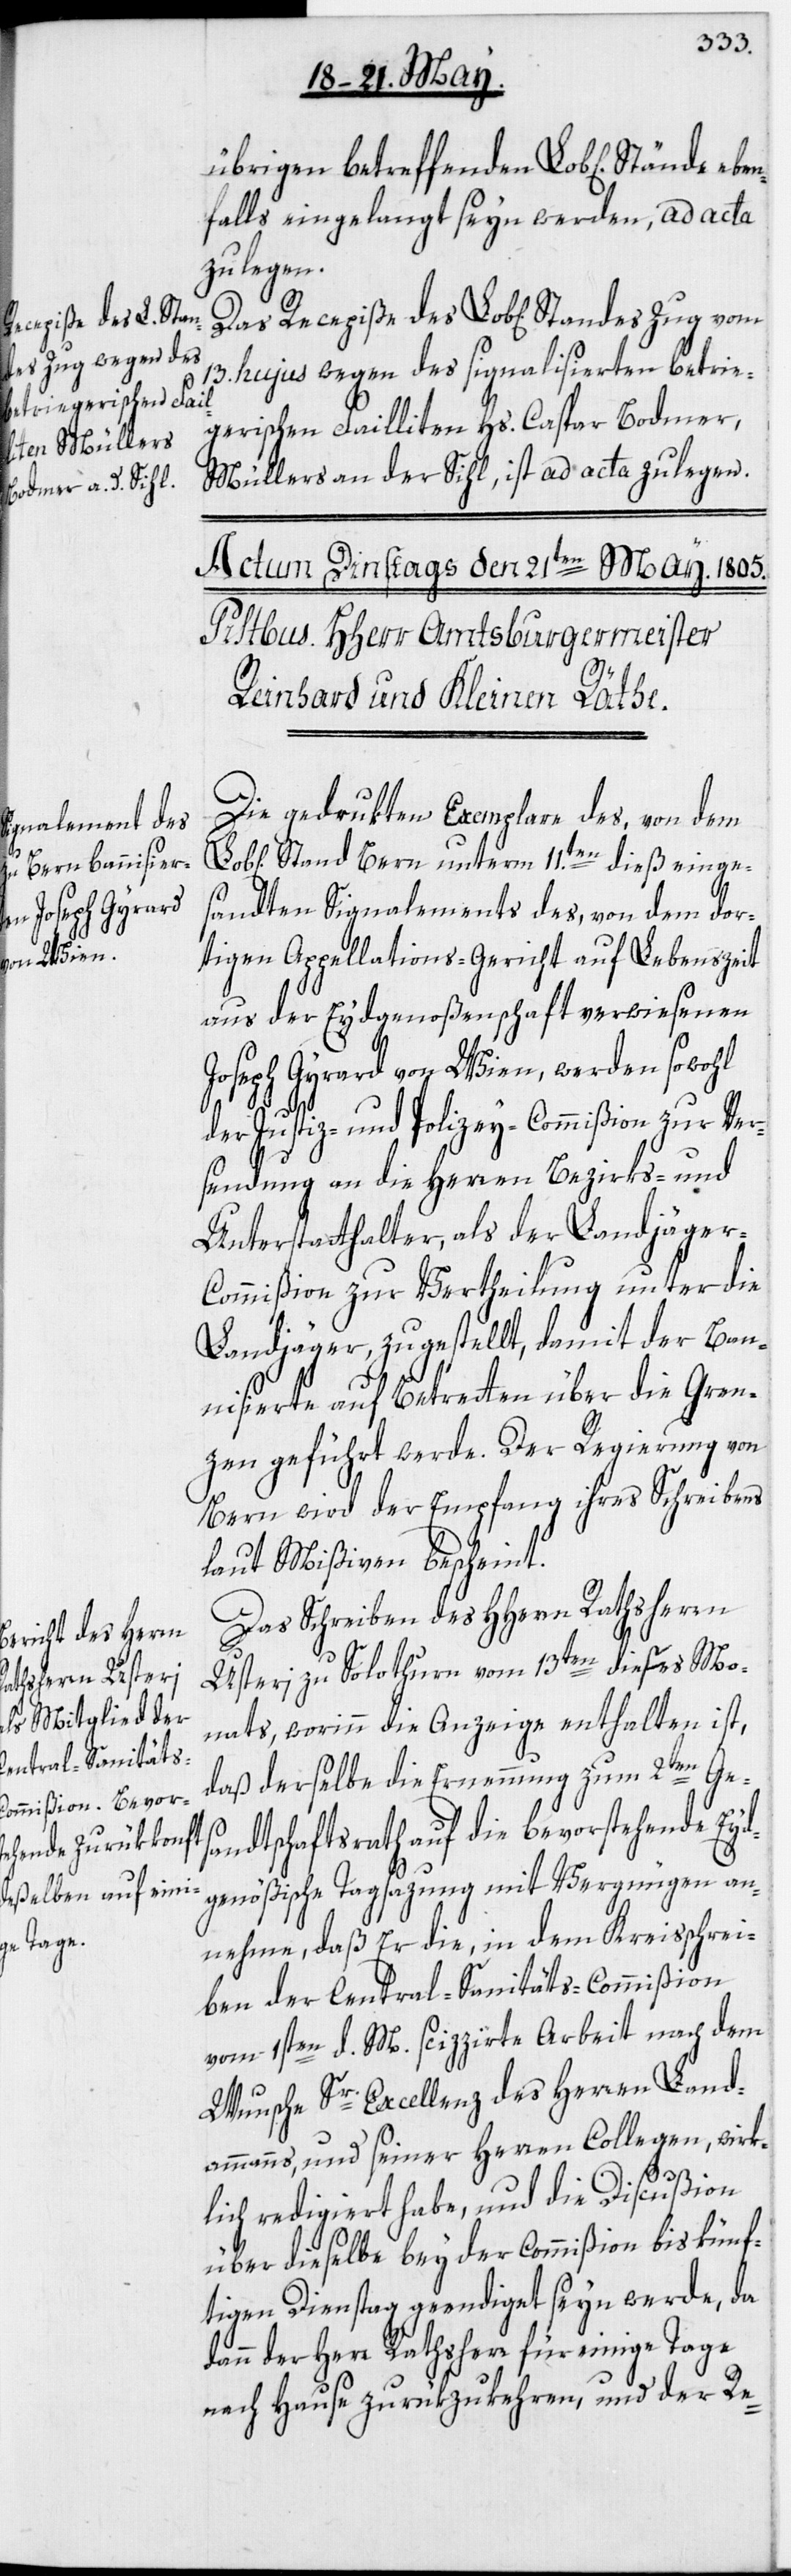
übrigen betreffenden Lob[liche¬
falls eingelangt seyn werden, ad acta
zu legen.
13. hujus wegen des signalisierten betrie¬
gerischen Failliten Hs. Caspar Bodmer,
Müllers an der Sihl, ist ad acta zu legen.
Die gedrukten Exemplare des, von dem
Stand Bern unterm 11.ten dieß einge¬
n] Stände eben¬
sandten Signalements des, von dem dor¬
tigen Appellations-Gericht auf Lebenszeit
aus der Eydgenoßenschaft verwiesenen
Joseph Gyrard von Wien, werden sowohl
der Justiz- und Polizey-Commißion zur Ver¬
sendung an die Herren Bezirks- und
Unterstatthalter, als der Landjäger-C¬
ommißion zur Vertheilung unter die
Landjäger, zugestellt, damit der Ban¬
nisierte auf Betretten über die Gren¬
zen geführt werde. Der Regierung von
Bern wird der Empfang ihres Schreibens
laut Mißiven bescheint.
Das Schreiben des HHerrn Rathsherrn
Usteri zu Solothurn vom 13ten dieses Mo¬
nats, worinn die Anzeige enthalten ist,
daß derselbe die Ernennung zum 2ten Ges¬
andtschaftsrath auf die bevorstehende Eyd¬
genößische Tagsazung mit Vergnügen an¬
nehme, daß Er die, in dem Kreisschrei¬
ben der Central-Sanitäts-Commißion
vom 1sten d. M. scizzirte Arbeit nach dem
Wunsche Sr. Excellenz des Herren Land¬
ammanns, und seiner Herren Collegen, wirk¬
lich redigiert habe, und die Discußion
über dieselbe bey der Commißion bis künf¬
tigen Dienstag geendiget seyn werde, da
dann der Herr Rathsherr für einige Tage
nach Hause zurükzukehren, und der Re-